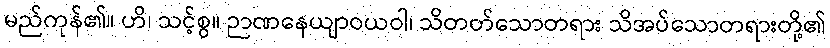
မည်ကုန်၏။ ဟိ၊ သင့်စွ။ ဉာဏနေယျာဝယဝါ၊ သိတတ်သောတရား သိအပ်သောတရားတို့၏